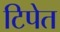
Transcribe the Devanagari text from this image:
टिपेत